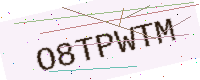
Text: O8TPWTM